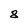
Character: 8